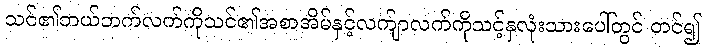
သင်၏ဘယ်ဘက်လက်ကိုသင်၏အစာအိမ်နှင့်လက်ျာလက်ကိုသင့်နှလုံးသားပေါ်တွင် တင်၍